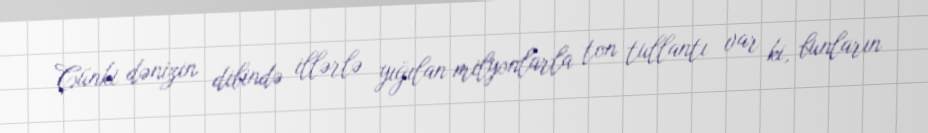
Çünki dənizin dibində illərlə yığılan milyonlarla ton tullantı var ki, bunların